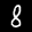
Label: 8